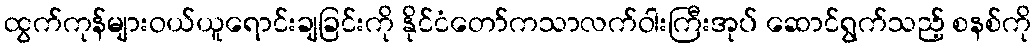
ထွက်ကုန်များဝယ်ယူရောင်းချခြင်းကို နိုင်ငံတော်ကသာလက်ဝါးကြီးအုပ် ဆောင်ရွက်သည့် စနစ်ကို